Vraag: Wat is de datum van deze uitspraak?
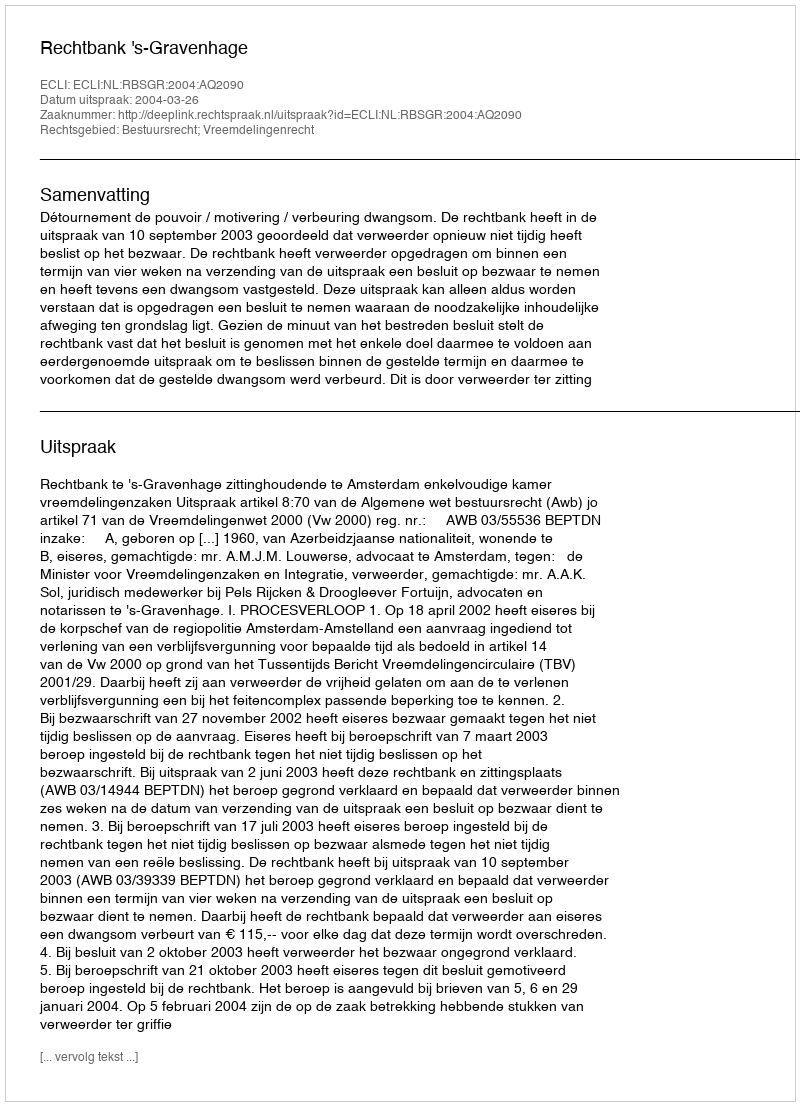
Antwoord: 2004-03-26